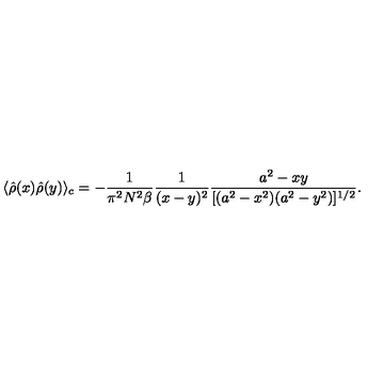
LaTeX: \langle \hat { \rho } ( x ) \hat { \rho } ( y ) \rangle _ { c } = - { \frac { 1 } { \pi ^ { 2 } N ^ { 2 } \beta } } { \frac { 1 } { ( x - y ) ^ { 2 } } } { \frac { a ^ { 2 } - x y } { [ ( a ^ { 2 } - x ^ { 2 } ) ( a ^ { 2 } - y ^ { 2 } ) ] ^ { 1 / 2 } } } .